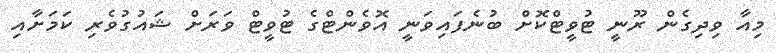
މިއާ ވިދިގެން ރޫނީ ޓުވީޓްކޮށް ބުނެފައިވަނީ އޮވެންޓްގެ ޓުވީޓް ވަރަށް ޝައުގުވެރި ކަމަށާއި